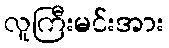
လူကြီးမင်းအား